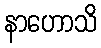
နာဟောသိ